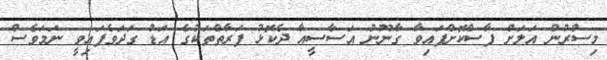
މިސްރުން އަލަށް ފާސްކޮށްފައިވާ ގާނޫނު އަސާސީއާ ދެކޮޅު ފަރާތްތަކުގެ އަޑު ގަދަވެފައިވީ ނަމަވެސް